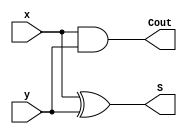
`timescale 1ns / 100ps

module half_adder(
    input x,
    input y,
    output Cout,
    output S
    );

  xor #5 (S,x,y);
  and #5 (Cout,x,y);

endmodule